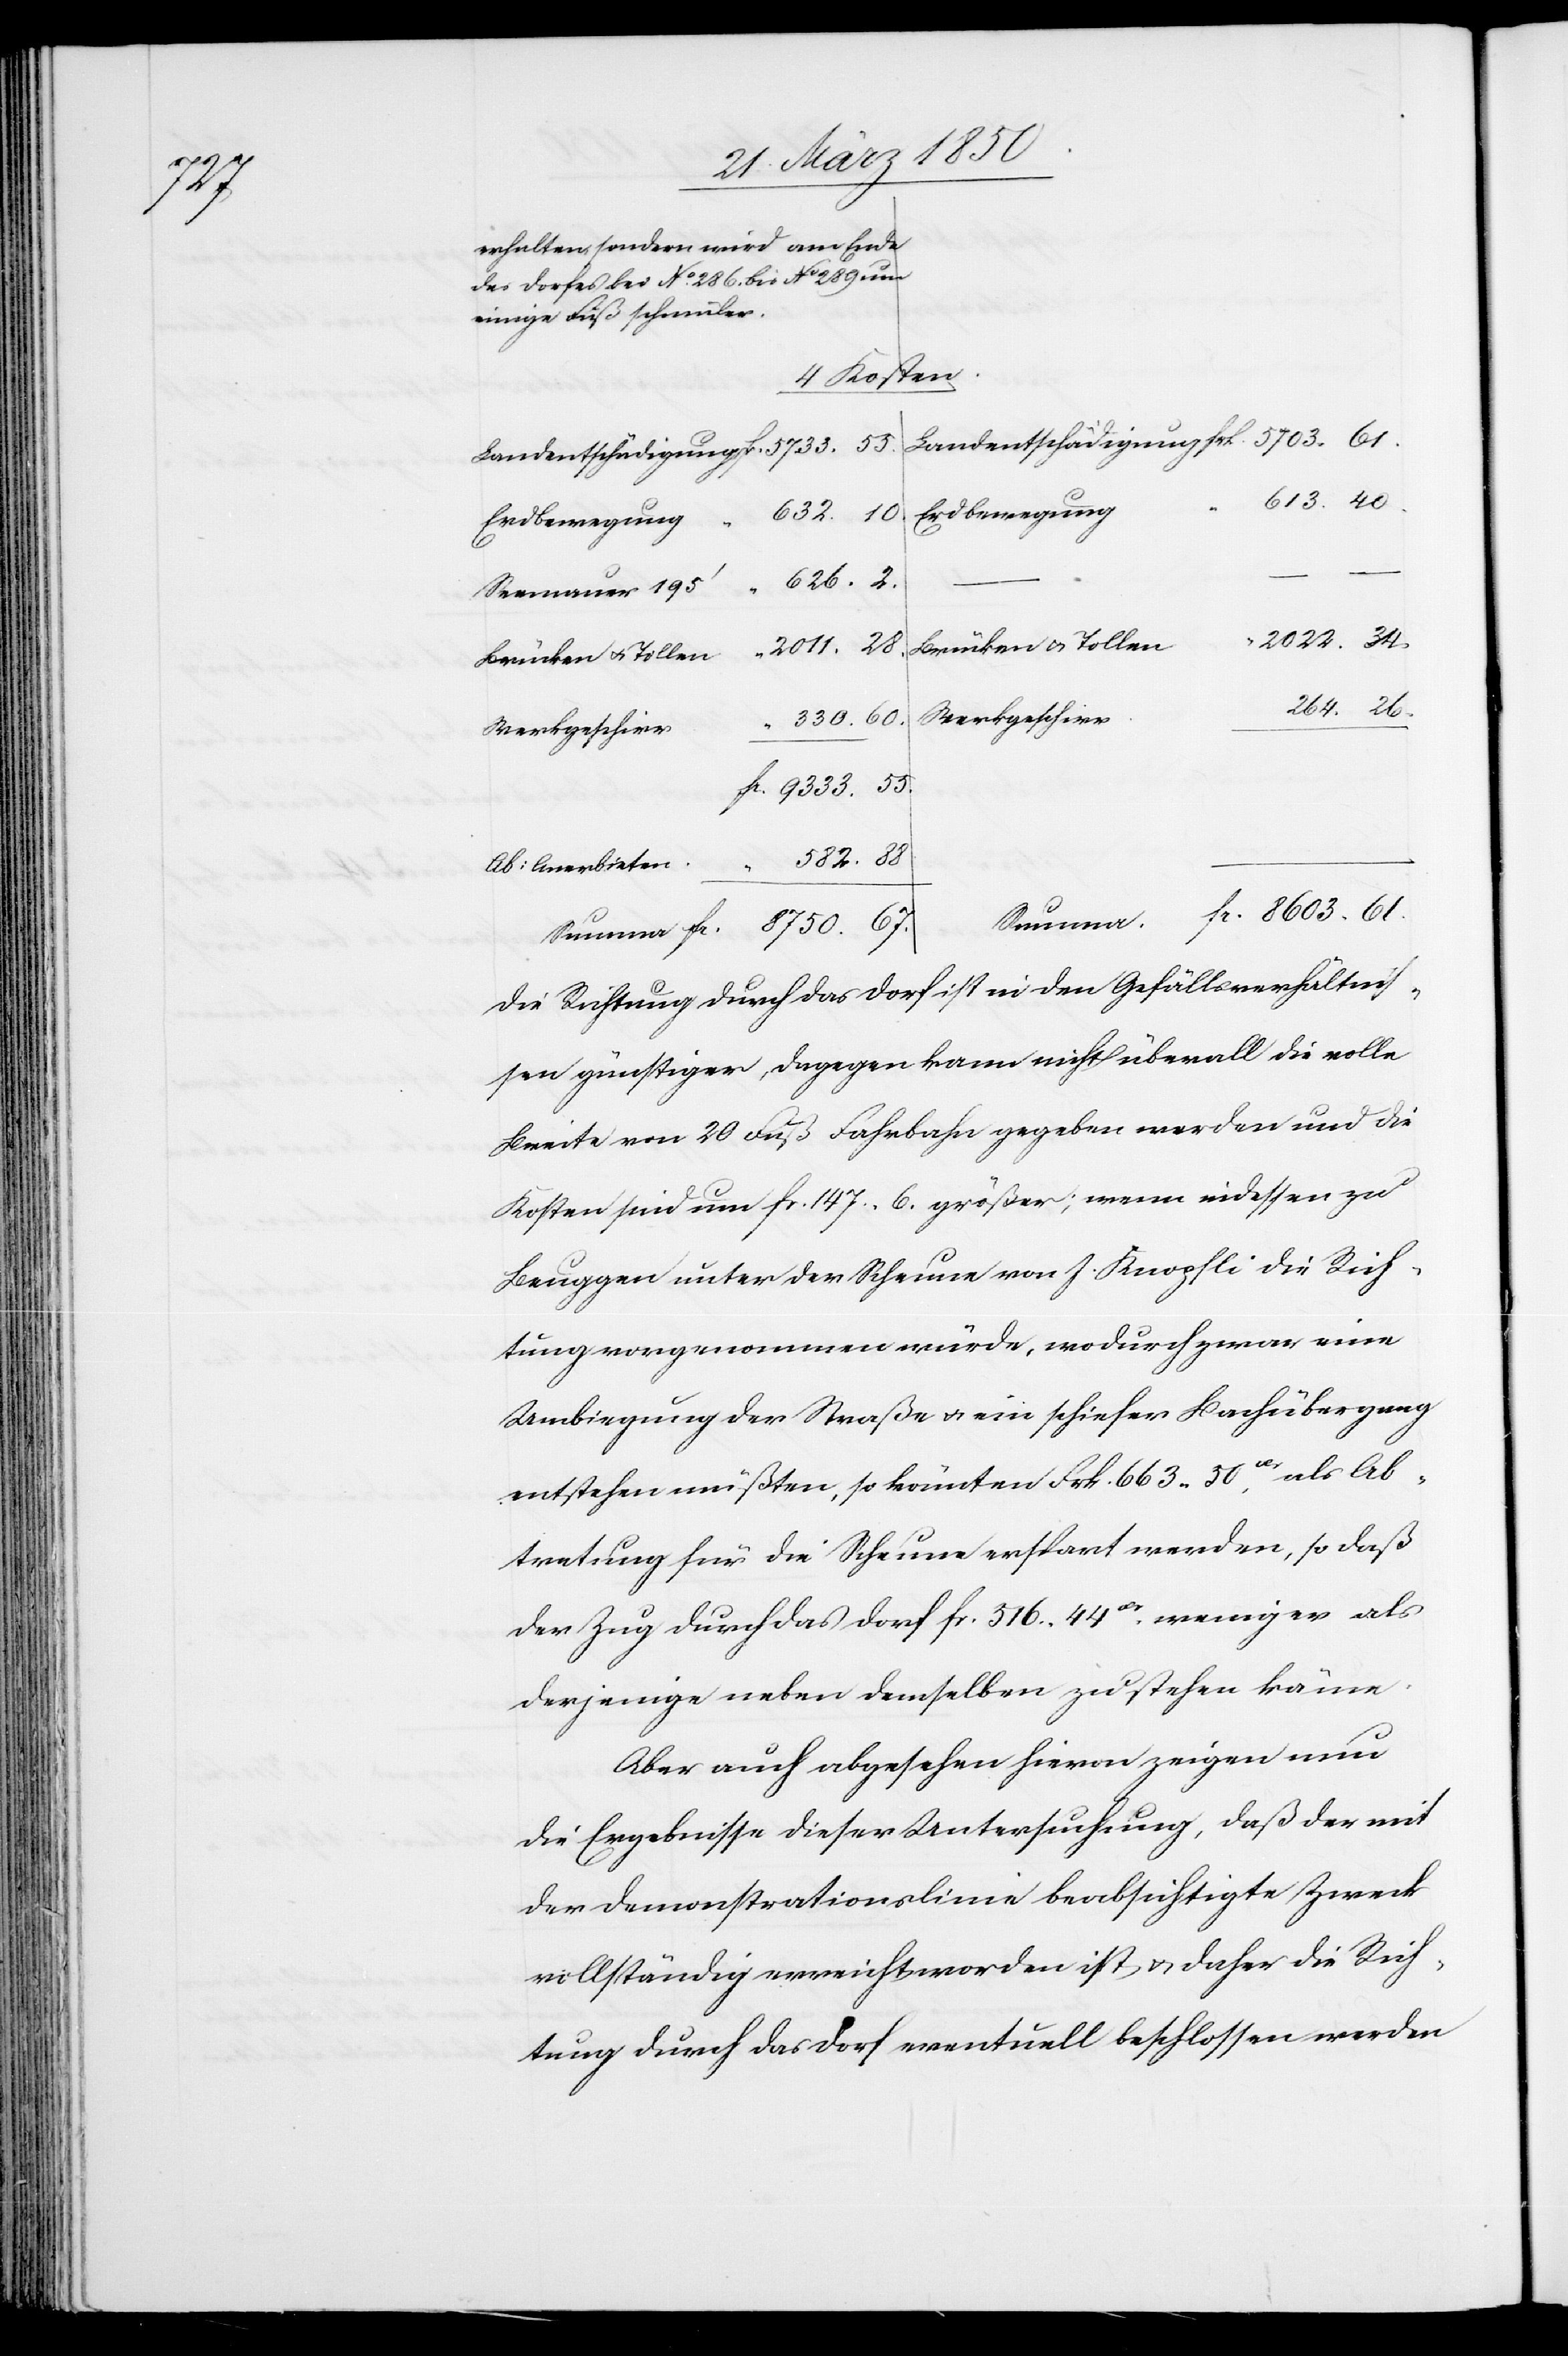
67.

61.
erhalten, sondern wird am Ende
des Dorfes bei No. 286. bis No. 289 um
einige Fuß schmäler.
4 Kosten.
55.
Erdbewegung
626.
Seemauer 195‘
Brücken u. Tollen
fr.
Werkgeschirr
Ab: Anerbieten
Die Richtung durch das Dorf ist in den Gefälleverhältnis¬
sen günstiger, dagegen kann nicht überall die volle
Breite von 20 Fuß Fahrbahn gegeben werden und die
Kosten sind um fr. 147. 6. größer; wenn indessen zu
Beuggen unter der Scheune von J. Knopfli die Rich¬
tung vorgenommen würde, wodurch zwar eine
Umbiegung der Straße u. ein schiefer Bachübergang
entstehen müßten, so könnten Frk. 663. 50 als Ab¬
tretung für die Scheune erspart werden, so daß
der Zug durch das Dorf fr. 516. 44. weniger als
derjenige neben demselben zu stehen käme.
Aber auch abgesehen hievon zeigen nun
die Ergebnisse dieser Untersuchung, daß der mit
der Demonstrationslinie beabsichtigte Zweck
vollständig erreicht worden ist u. daher die Rich¬
tung durch das Dorf eventuell beschlossen werden